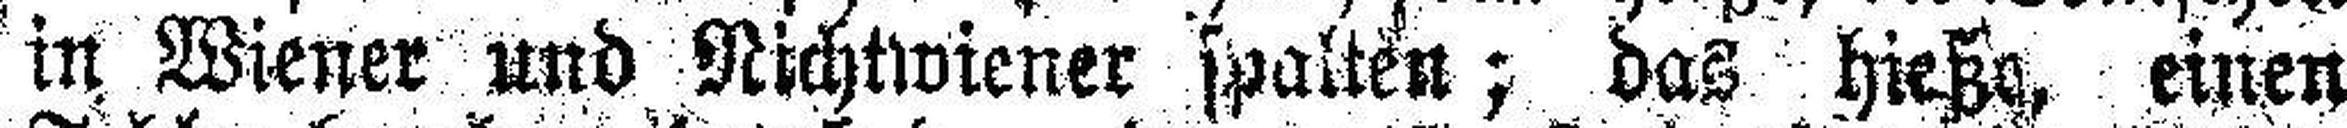
in Wiener und Nichtwiener spalten; das hieße, einen